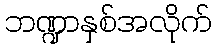
ဘဏ္ဍာနှစ်အလိုက်